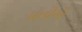
મતોએ